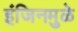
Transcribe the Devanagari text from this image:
इंजिनमुळे